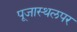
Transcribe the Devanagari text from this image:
पूजास्थलपर